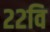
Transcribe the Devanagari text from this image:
२२वि